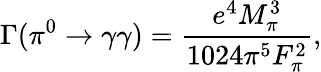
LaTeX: \Gamma(\pi^{0}\rightarrow\gamma\gamma)=\frac{e^{4}M_{\pi}^{3}}{1024\pi^{5}F_{\pi}^{2}},